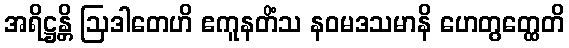
အရိဋ္ဌန္တိ ဩဒါတေဟိ ဧကူနတိံသ နဝမဒသမာနိ ဟေတွတ္ထေတိ